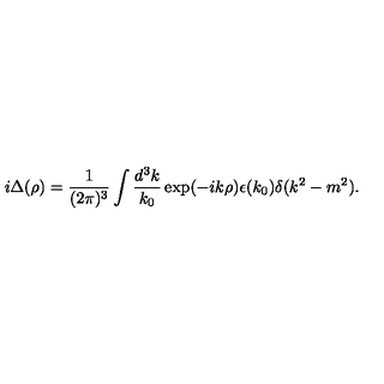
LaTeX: i \Delta ( \rho ) = \frac { 1 } { ( 2 \pi ) ^ { 3 } } \int \frac { d ^ { 3 } k } { k _ { 0 } } \exp ( - i k \rho ) \epsilon ( k _ { 0 } ) \delta ( k ^ { 2 } - m ^ { 2 } ) .